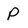
Character: P